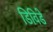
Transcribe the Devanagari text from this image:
डिविडे